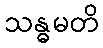
သန္ဓမတိ